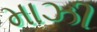
માઝી